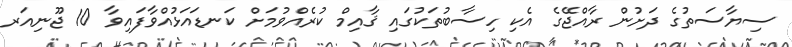
ސިޔާސަތުގެ ދަށުން ރާއްޖޭގެ އެކި ހިސާބުތަކުގައި ޤާއިމް ކުރެއްވުމަށް ކަނޑައަޅުއްވާފައިވާ 10 ޖޫނިއަރ